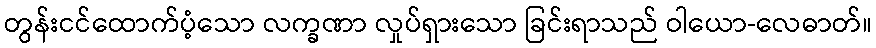
တွန်းငင်ထောက်ပံ့သော လက္ခဏာ လှုပ်ရှားသော ခြင်းရာသည် ဝါယော-လေဓာတ်။